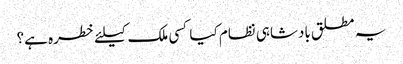
یہ مطلق بادشاہی نظام کیا کسی ملک کیلئے خطره ہے؟